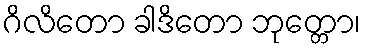
ဂိလိတော ခါဒိတော ဘုတ္တော၊